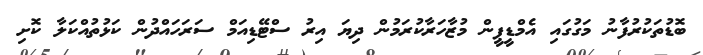
ބޮޑުތަކުރުފާނު މަގުގައި އެމްޑީޕީން މުޒާހަރާކުރަމުން ދިޔަ އިރު ސްޓޭޑިއަމް ސަރަހައްދުން ކަޅުތުއްކަލާ ކޮށި